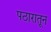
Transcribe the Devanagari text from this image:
पठारातून